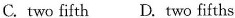
C.two fifth D. Two fifths